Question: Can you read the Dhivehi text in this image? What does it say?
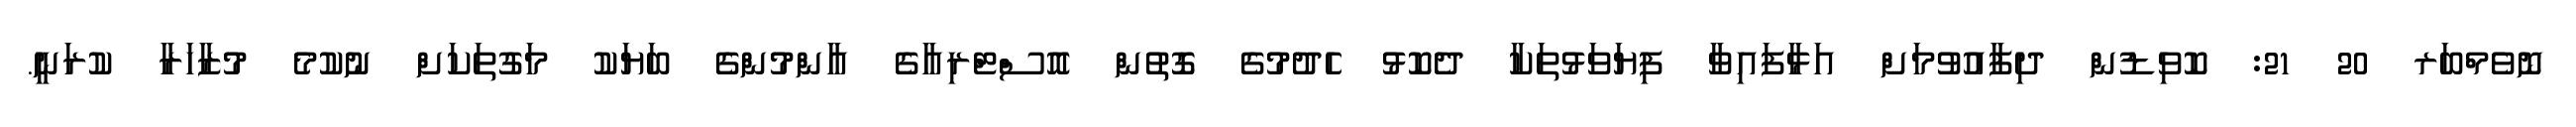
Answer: ނޮވެމްބަރ 20 21: ކޮވިޑުން ދިފާއުވުމަށް އަޅާފައިވާ ފިޔަވަޅުތަކާ ދެކޮޅު ހެދުމުގެ ގޮތުން އޮސްޓްރިއާގެ އާންމުންގެ ބަޔަކު މަގުތަކަށް ނުކުމެ މުޒާހަރާ ކުރަނީ.